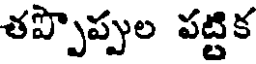
తప్పొప్పుల పట్టిక